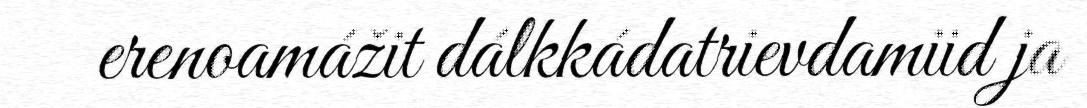
erenoamážit dálkkádatrievdamiid ja